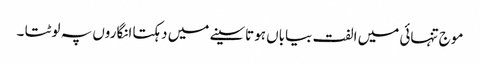
موج تنہائی میں الفت بیاباں ہوتاسینے میں دہکتا انگاروں پہ لوٹتا ۔